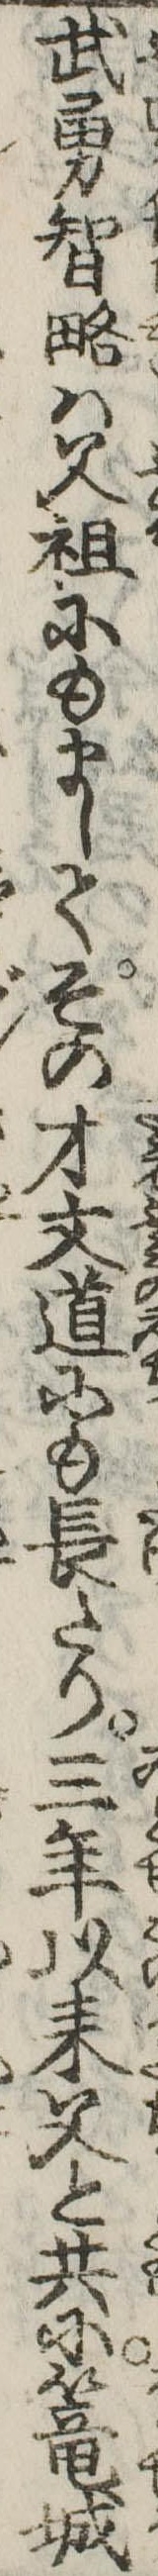
武勇智略は父祖にもましてその才文道にも長たり三年以来父と共に篭城